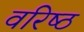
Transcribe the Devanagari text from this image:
वरिष्‍ठ